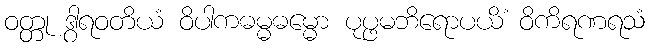
ဝတ္တု ဒွါရဝတိယံ ဝိပါကဓမ္မဓမ္မော ပုပ္ဖမဘိရောပယိံ ဝိကိရဏရသံ